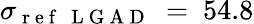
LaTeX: \sigma_{\mathrm{~r~e~f~~~L~G~A~D~}}~=~54.8